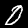
Digit: 0